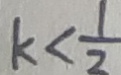
k < \frac { 1 } { 2 }